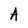
Character: A